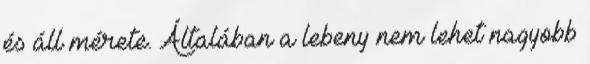
és áll mérete. Általában a lebeny nem lehet nagyobb